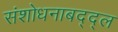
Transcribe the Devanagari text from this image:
संशोधनाबद्द्ल